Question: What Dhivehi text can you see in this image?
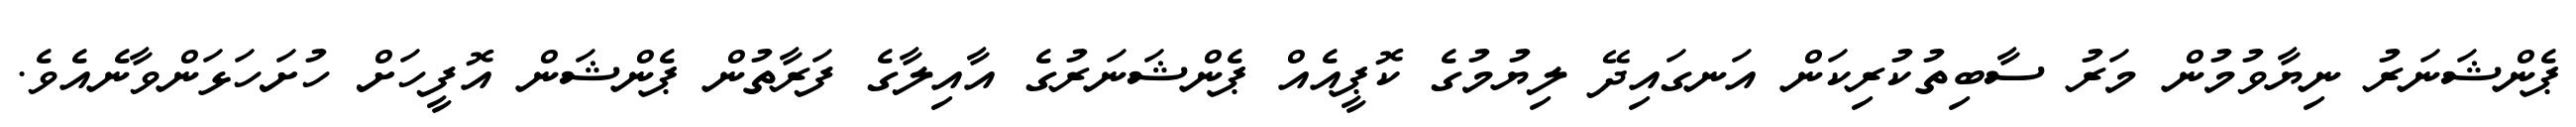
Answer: ޕެންޝަނަރު ނިޔާވުމުން މަރު ސާބިތުކުރިކަން އަނގައިދޭ ލިޔުމުގެ ކޮޕީއެއް ޕެންޝަނަރުގެ އާއިލާގެ ފަރާތުން ޕެންޝަން އޮފީހަށް ހުށަހަޅަންވާނެއެވެ.